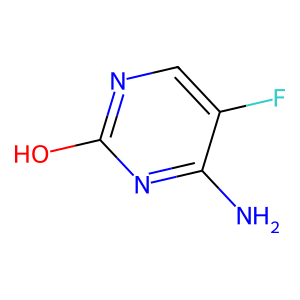
SMILES: Nc1nc(O)ncc1F
Inhibits HIV replication: No